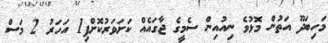
މަހިބަދޫ އަތުން މޮޅުވެ ނިއުއިން ސެމީގެ ޖާގައެއް ކަށަވަރުކޮށްފި1 އަހަރު 2 މަސް